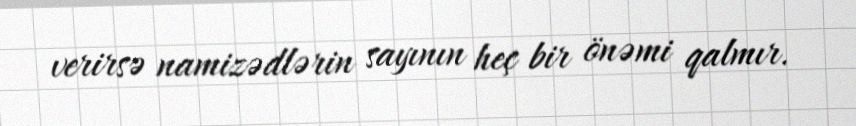
verirsə namizədlərin sayının heç bir önəmi qalmır.